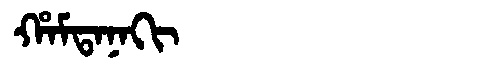
Manchu: ᡥᠠᠮᡨᠠᠨᠠᡴᡳ
Romanization: HAMTANAKI